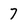
Character: 7